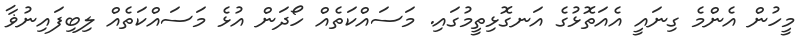
މީހުން އެންމެ ގިނައީ އެއަތޮޅުގެ އަނގޮޅިތީމުގައި. މަސައްކަތެއް ހޯދަން އުޅެ މަސައްކަތެއް ލިބިފައިނުޥާ